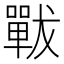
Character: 𡁳